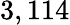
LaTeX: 3,114